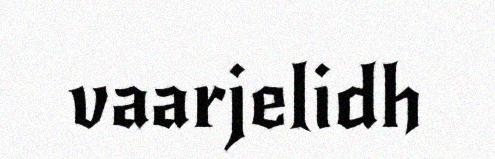
vaarjelidh